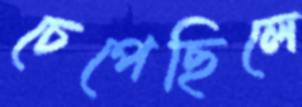
চেপেছিলে